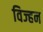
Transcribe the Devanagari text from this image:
विज्हन